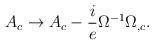
LaTeX: \begin{align*}A_c\rightarrow A_c-\frac{i}{e}\Omega^{-1}\Omega_{,c}.\end{align*}